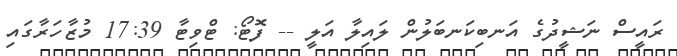
ރައީސް ނަޝީދުގެ އަނބިކަނބަލުން ލައިލާ އަލީ -- ފޮޓޯ: ޓްވިޓާ 17:39 މުޒާހަރާގައި